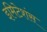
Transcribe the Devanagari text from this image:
इमिटेशंस